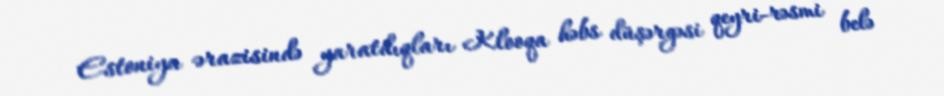
Estoniya ərazisində yaratdıqları Klooqa həbs düşərgəsi qeyri-rəsmi belə